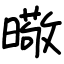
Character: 曔